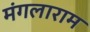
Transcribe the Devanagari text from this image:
मंगलाराम